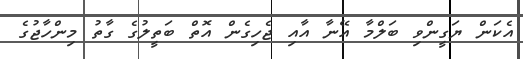
އެކަން ޔަގީންވި ބަލްމާ އޭނާ އާއި ޖެހިގެން އޮތް ބަތީލުގެ ގާތު މިންހާޖުގެ